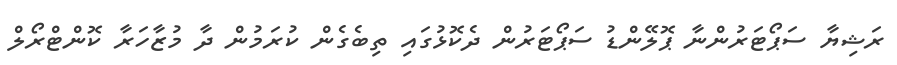
ރަޝިޔާ ސަޕޯޓަރުންނާ ޕޮލޭންޑު ސަޕޯޓަރުން ދެކޮޅުގައި ތިބެގެން ކުރަމުން ދާ މުޒާހަރާ ކޮންޓްރޯލް